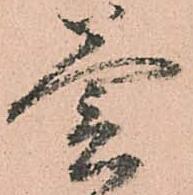
釜